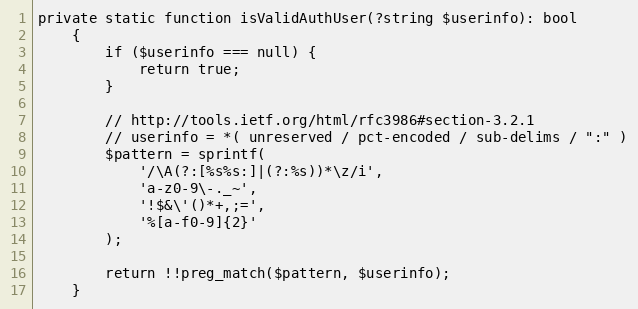
Language: PHP
private static function isValidAuthUser(?string $userinfo): bool
    {
        if ($userinfo === null) {
            return true;
        }

        // http://tools.ietf.org/html/rfc3986#section-3.2.1
        // userinfo = *( unreserved / pct-encoded / sub-delims / ":" )
        $pattern = sprintf(
            '/\A(?:[%s%s:]|(?:%s))*\z/i',
            'a-z0-9\-._~',
            '!$&\'()*+,;=',
            '%[a-f0-9]{2}'
        );

        return !!preg_match($pattern, $userinfo);
    }